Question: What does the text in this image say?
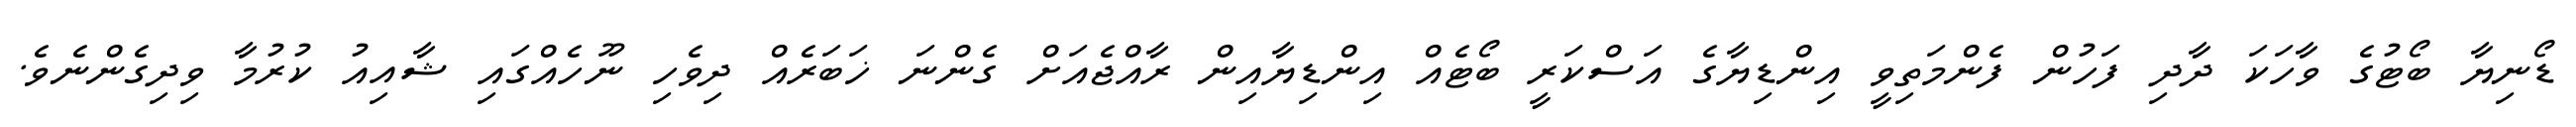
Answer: ޑޯނިޔާ ބޯޓުގެ ވާހަކަ ދާދި ފަހުން ފެންމަތިވީ އިންޑިޔާގެ އަސްކަރީ ބޯޓެއް އިންޑިޔާއިން ރާއްޖެއަށް ގެންނަ ޚަބަރެއް ދިވެހި ނޫހެއްގައި ޝާއިއު ކުރުމާ ވިދިގެންނެވެ.